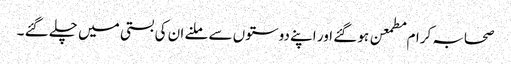
صحابہ کرام مطمعن ہو گئے اور اپنے دوستوں سے ملنے ان کی بستی میں چلے گئے ۔